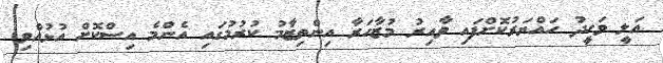
އަލީ ވަޙީދު ހައްޔަރުކޮށްފައި ވާއިރު މުޒާހަރާ އިންތިޒާމު ކުރުމުގައި އެންމެ އިސްކޮށް އުޅުއްވި